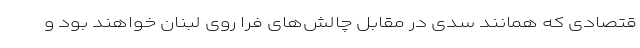
قتصادی که همانند سدی در مقابل چالش‌های فرا روی لبنان خواهند بود و